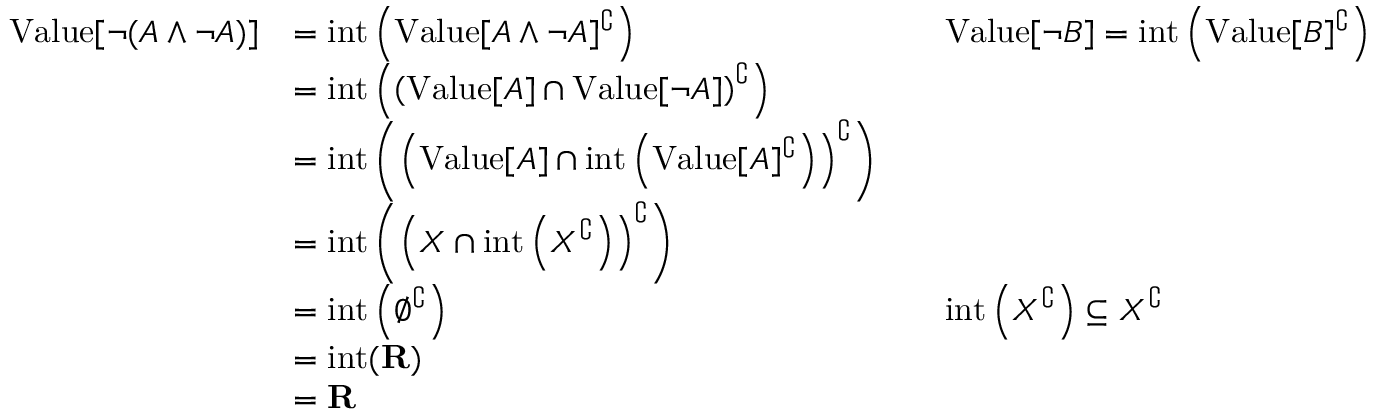
{ \begin{array} { r l r l } { { \mathrm { V a l u e } } [ \neg ( A \land \neg A ) ] } & { = { \mathrm { i n t } } \left( { \mathrm { V a l u e } } [ A \land \neg A ] ^ { \complement } \right) } & & { { \mathrm { V a l u e } } [ \neg B ] = { \mathrm { i n t } } \left( { \mathrm { V a l u e } } [ B ] ^ { \complement } \right) } \\ & { = { \mathrm { i n t } } \left( \left( { \mathrm { V a l u e } } [ A ] \cap { \mathrm { V a l u e } } [ \neg A ] \right) ^ { \complement } \right) } \\ & { = { \mathrm { i n t } } \left( \left( { \mathrm { V a l u e } } [ A ] \cap { \mathrm { i n t } } \left( { \mathrm { V a l u e } } [ A ] ^ { \complement } \right) \right) ^ { \complement } \right) } \\ & { = { \mathrm { i n t } } \left( \left( X \cap { \mathrm { i n t } } \left( X ^ { \complement } \right) \right) ^ { \complement } \right) } \\ & { = { \mathrm { i n t } } \left( \emptyset ^ { \complement } \right) } & & { { \mathrm { i n t } } \left( X ^ { \complement } \right) \subseteq X ^ { \complement } } \\ & { = { \mathrm { i n t } } ( \mathbf { R } ) } \\ & { = \mathbf { R } } \end{array} }